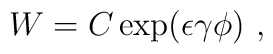
W=C\exp(\epsilon\gamma\phi)~,